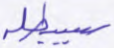
سيبطله